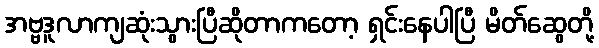
အဗ္ဗဒူလာကျဆုံးသွားပြီဆိုတာကတော့ ရှင်းနေပါပြီ မိတ်ဆွေတို့